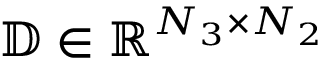
\mathbb { D } \in \mathbb { R } ^ { N _ { 3 } \times N _ { 2 } }